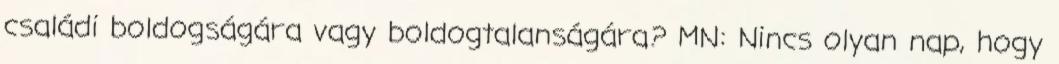
családi boldogságára vagy boldogtalanságára? MN: Nincs olyan nap, hogy